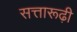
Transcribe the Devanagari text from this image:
सत्तारूढ़ी